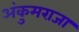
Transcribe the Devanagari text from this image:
अंकुमराजा